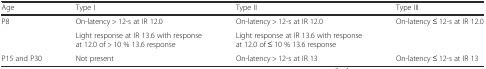
<table><thead><tr><td><b>Age</b></td><td><b>Type I</b></td><td><b>Type II</b></td><td><b>Type III</b></td></tr></thead><tbody><tr><td rowspan="2">P8</td><td>On-latency &gt; 12-s at IR 12.0</td><td>On-latency &gt; 12-s at IR 12.0</td><td>On-latency ≤ 12-s at IR 12.0</td></tr><tr><td>Light response at IR 13.6 with response at 12.0 of &gt; 10 % 13.6 response</td><td>Light response at IR 13.6 with response at 12.0 of ≤ 10 % 13.6 response</td><td></td></tr><tr><td>P15 and P30</td><td>Not present</td><td>On-latency &gt; 12-s at IR 13</td><td>On-latency ≤ 12-s at IR 13</td></tr></tbody></table>